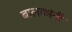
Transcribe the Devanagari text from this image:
बालकांनी